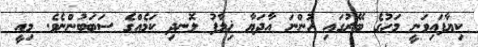
ކިޔާފައިވަނީ މަހުގެ ބޭރުގައި ހުންނަ އާދަޔާ ޚިލާފު ލޮނދި ކަމެއްގެ ސަބަބުންނެވެ. މިއީ